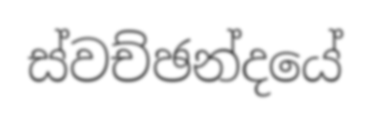
ස්වච්ඡන්දයේ